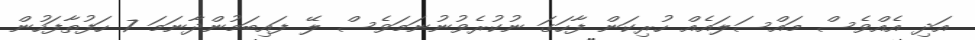
އަދި އެއްވެސް މައްސަލައެއް ހުރިކަން ފާހަގަ ނުކުރެވުނުނަމަވެސް ލޭ ފައިބަމުންދާނަމަ 7 ހަފުތާފަހުން